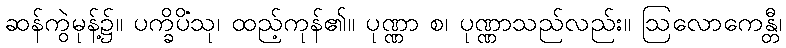
ဆန်ကွဲမုန့်၌။ ပက္ခိပိံသု၊ ထည့်ကုန်၏။ ပုဏ္ဏာ စ၊ ပုဏ္ဏာသည်လည်း။ ဩလောကေန္တီ၊